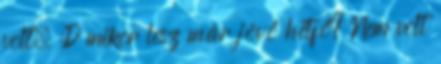
volt. :D mikor lesz már jövő hétfő? Nem volt